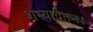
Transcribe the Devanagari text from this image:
शस्यार्वतन।